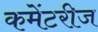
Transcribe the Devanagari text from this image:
कमेंटरीज